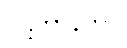
ပဋိဘာနကဝိ